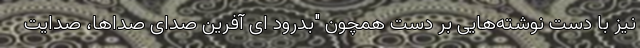
نیز با دست نوشته‌هایی بر دست همچون "بدرود ای آفرین صدای صداها، صدایت